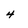
Character: 4